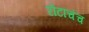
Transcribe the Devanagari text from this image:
रोटांचंच